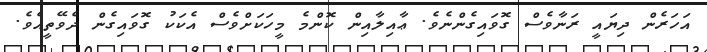
އަހަރެން ދިޔައީ ރަނާވެސް ގޮވައިގެންނެވެ. ޢާއިލާއިން ކޮންމެ މީހަކަށްވެސް އެކަކު ގޮވައިގެން ދެވޭތީއެވެ.